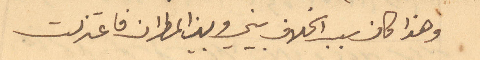
وهذا كان سبب الخلاف بيني وبين المطران فاعتزلت